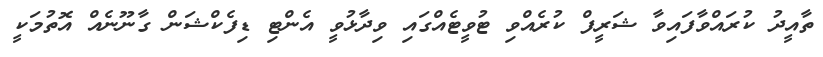
ތާއީދު ކުރައްވާފައިވާ ޝަރީފް ކުރެއްވި ޓުވީޓެއްގައި ވިދާޅުވީ އެންޓި ޑިފެކްޝަން ގާނޫނެއް އޮތުމަކީ